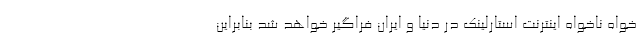
خواه ناخواه اینترنت استارلینک در دنیا و ایران فراگیر خواهد شد بنابراین